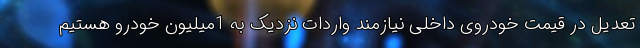
تعدیل در قیمت خودروی داخلی نیازمند واردات نزدیک به 1میلیون خودرو هستیم